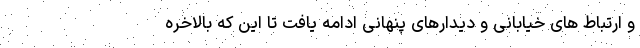
و ارتباط های خیابانی و دیدارهای پنهانی ادامه یافت تا این که بالاخره